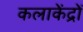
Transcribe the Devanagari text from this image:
कलाकेंद्रों